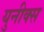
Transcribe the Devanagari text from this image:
युनीक्स